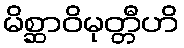
မိစ္ဆာဝိမုတ္တီဟိ